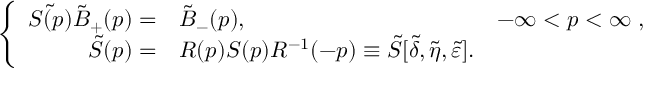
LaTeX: \left\{ \begin{array} { r l r } { { \tilde { S ( p ) } \tilde { B } _ { + } ( p ) = } } & { { \tilde { B } _ { - } ( p ) , } } & { { - \infty < p < \infty \; , } } \\ { { \tilde { S } ( p ) = } } & { { R ( p ) S ( p ) R ^ { - 1 } ( - p ) \equiv \tilde { S } [ \tilde { \delta } , \tilde { \eta } , \tilde { \varepsilon } ] . } } & { { } } \end{array} \right.